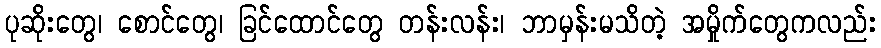
ပုဆိုးတွေ၊ စောင်တွေ၊ ခြင်ထောင်တွေ တန်းလန်း၊ ဘာမှန်းမသိတဲ့ အမှိုက်တွေကလည်း